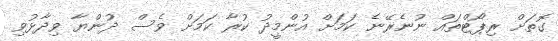
ގޮތަށް ރިޕޯޓްތައް ނުނެރޭނެ ކަމަށް އުންމީދު ކުރާ ކަމަށް ވެސް ދުންޔާ ވިދާޅުވި